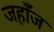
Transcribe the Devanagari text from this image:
जहाँज